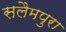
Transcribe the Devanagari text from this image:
सलैमपुरा